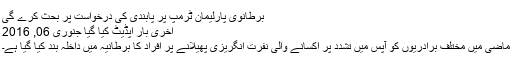
برطانوی پارلیمان ٹرمپ پر پابندی کی درخواست پر بحث کرے گی
آخری بار اپڈیٹ کیا گیا جنوری 06, 2016
ماضی میں مختلف برادریوں کو آپس میں تشدد پر اکسانے والی نفرت انگریزی پھیلانے پر افراد کا برطانیہ میں داخلہ بند کیا گیا ہے۔